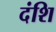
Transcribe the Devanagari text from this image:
दंशि